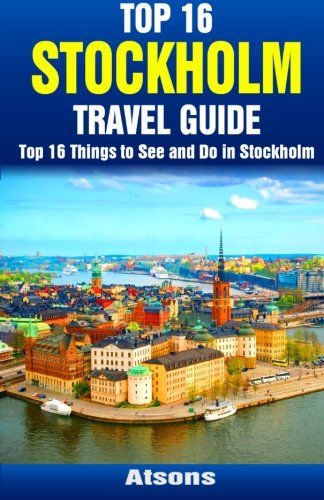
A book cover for Top 16 Things to See and Do in Stockholm - Top 16 Stockholm Travel Guide; Atsons; Travel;